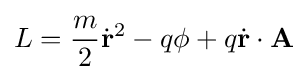
L={\frac {m}{2}}{\dot {\mathbf {r} }}^{2}-q\phi +q{\dot {\mathbf {r} }}\cdot \mathbf {A}